Annual report of lunatic asylums [Bombay] - 1912-1922
Year: 1912
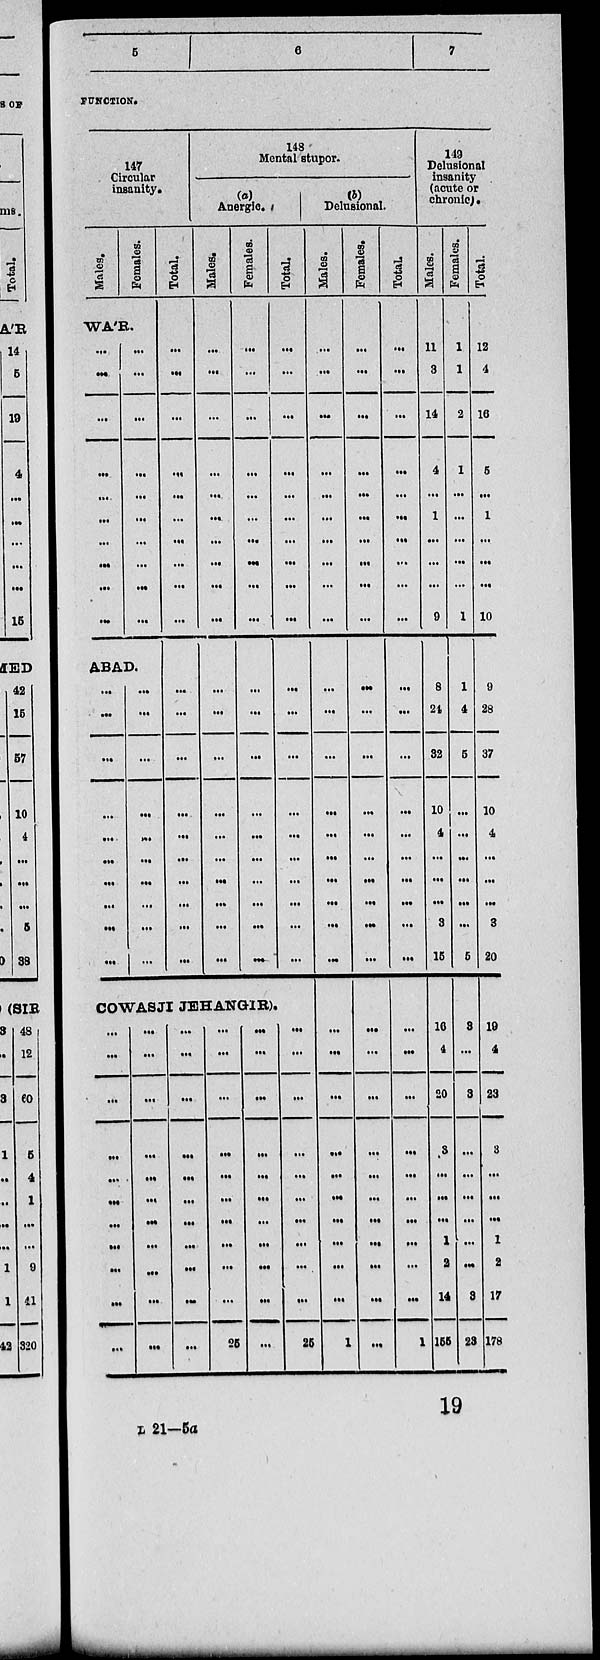
5
6
7
FUNCTION.
147
Circular
insanity.
Males.
Females.
WA'R.
...
...
...
...
...
...
...
...
...
...
...
...
...
...
...
...
...
...
...
...
ABAD.
...
...
...
...
...
...
...
...
...
...
...
...
...
...
...
...
...
...
...
...
Total.
...
...
...
...
...
...
...
...
...
...
...
...
...
...
...
...
...
...
...
...
148
Mental stupor.
Anergic.
Males.
...
...
...
...
...
...
...
...
...
...
...
...
...
...
...
...
...
...
...
...
Females.
...
...
...
...
...
...
...
...
...
...
...
...
...
...
...
...
...
...
...
Total.
...
...
...
...
...
...
...
...
...
...
...
...
...
...
...
...
...
...
...
...
COWASJI JEHANGIR).
...
...
...
...
...
...
...
...
...
...
...
...
...
...
...
...
...
...
...
...
...
...
...
...
...
..
...
...
...
...
...
...
...
...
...
...
...
...
...
...
...
...
...
25
...
...
...
...
...
...
...
...
...
...
...
...
...
...
...
...
...
...
...
...
...
25
Delusional.
Males.
...
...
...
...
...
...
...
...
...
...
...
...
...
...
...
...
...
...
...
...
...
...
...
...
...
...
...
...
...
...
1
Females.
...
...
...
...
...
...
...
...
...
...
...
...
...
...
...
...
...
...
...
...
...
...
...
...
...
...
...
...
...
...
...
Total.
...
...
...
...
...
...
...
...
...
...
...
...
...
...
...
...
...
...
...
...
...
...
...
...
...
...
...
...
...
...
1
149
Delusional
insanity
(acute or
chronic).
Males.
11
3
14
4
...
1
...
...
...
9
8
24
32
10
4
...
...
...
3
15
16
4
20
3
...
...
...
1
2
14
155
Females.
1
1
2
1
...
...
...
...
...
1
1
4
5
...
...
...
...
...
...
5
3
...
3
...
...
...
...
...
...
3
23
Total.
12
4
16
5
...
1
...
...
...
10
9
28
37
10
4
...
...
...
3
20
19
4
23
3
...
...
...
1
2
17
178
19
L 21—5a